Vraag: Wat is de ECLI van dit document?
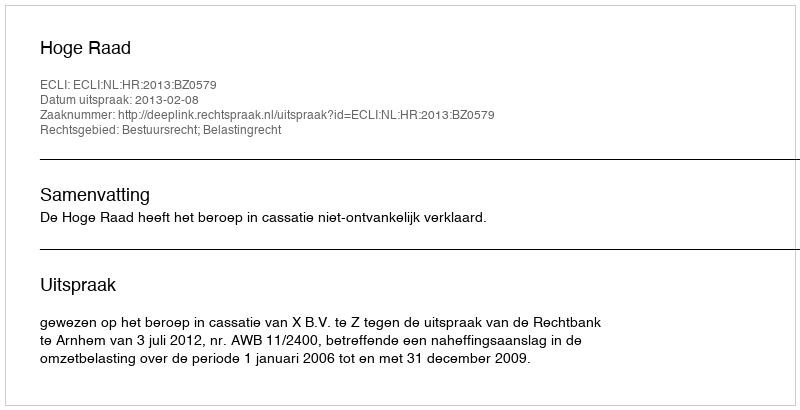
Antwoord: ECLI:NL:HR:2013:BZ0579